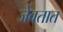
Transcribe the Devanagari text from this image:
जेवतात